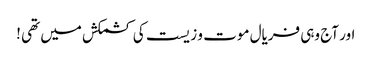
اور آج وہی فریال موت و زیست کی کشمکش میں تھی !